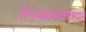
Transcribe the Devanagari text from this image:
तेऽस्मत्सकाशात्